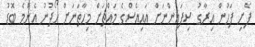
ފެށި ފަހުން އިރާގު ސިފައިންނަށް އައިއެސްގެ މައްޗަށް މިހާތަނަށް ހޯދުނު އެންމެ ބޮޑު